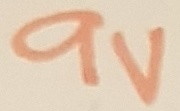
Text: 9V